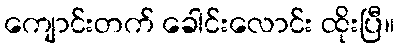
ကျောင်းတက် ခေါင်းလောင်း ထိုးပြီ။